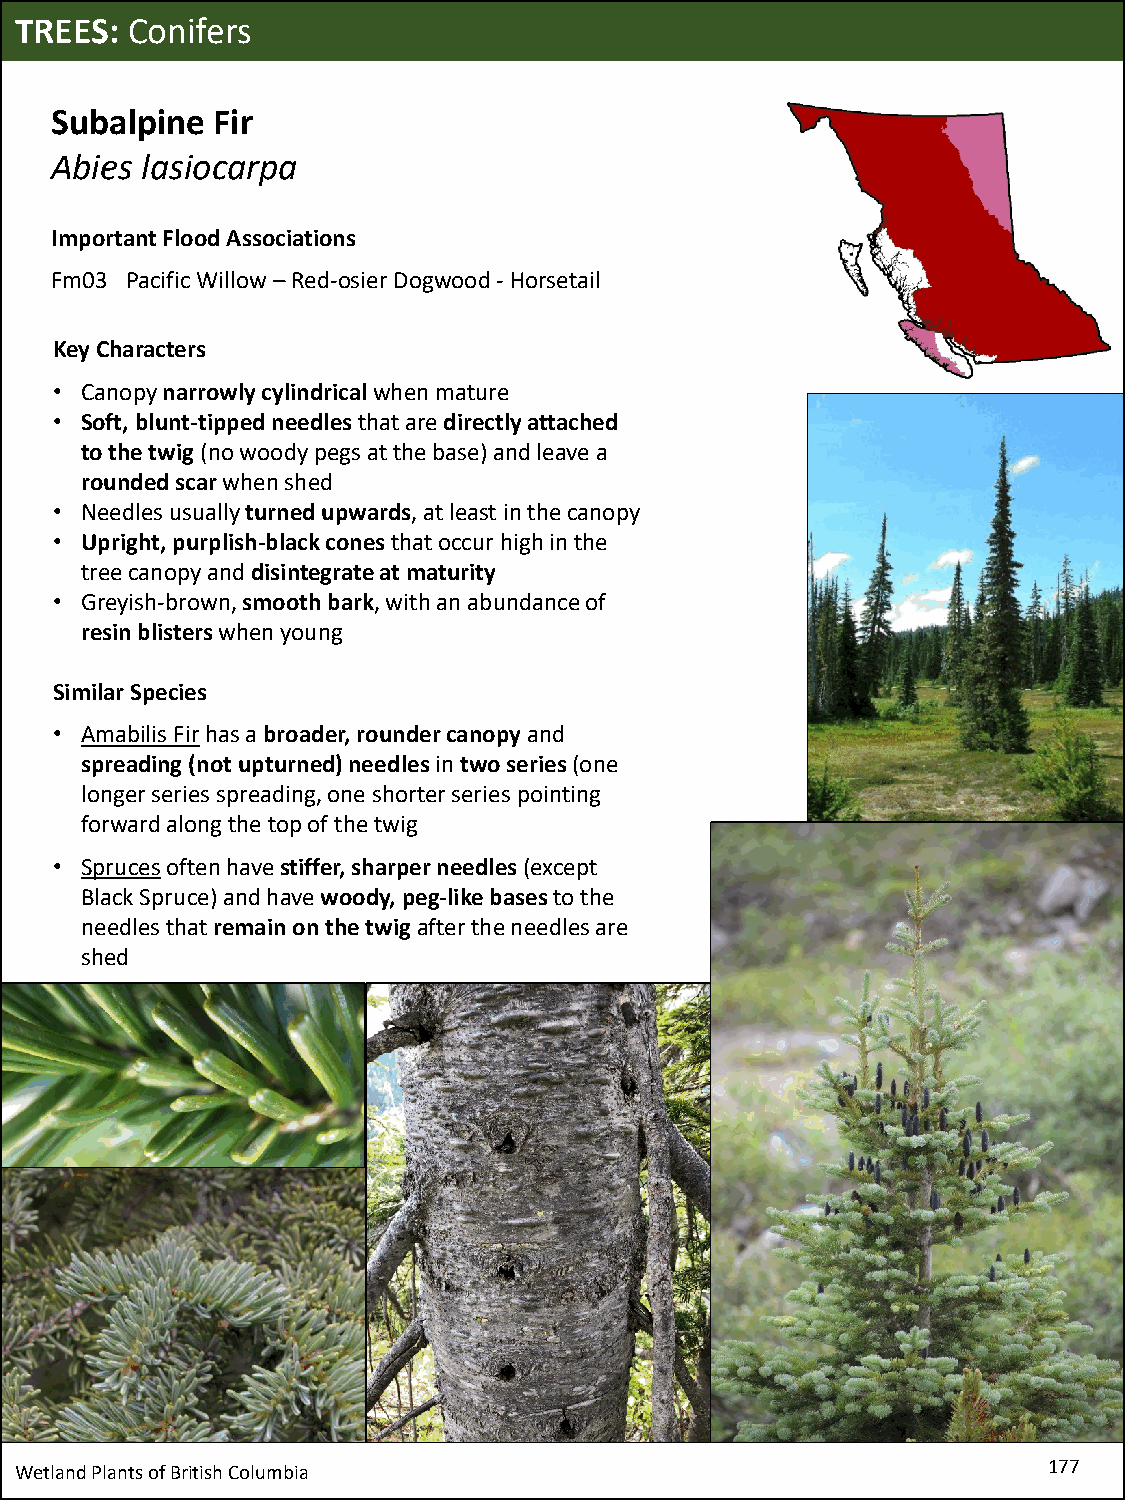
TREES: Conifers
 Subalpine  Fir
 Abies lasiocarpa
 Important Flood Associations
 Fm03 Pacific Willow –Red-osier Dogwood -Horsetail
 Key Characters
 • Canopy narrowly cylindricalwhen mature
 • Soft, blunt-tipped needlesthat are directly attached
 to the twig (no woody pegs at the base) and leave a
 rounded scarwhen shed
 • Needles usually turned upwards, at least in the canopy
 • Upright, purplish-black cones that occur high in the
 tree canopy and disintegrate at maturity
 • Greyish-brown, smooth bark, with an abundance of
 resin blisterswhen young
 Similar Species
 • Amabilis Firhas a broader, rounder canopy and
 spreading (not upturned) needles in two series (one
 longer series spreading, one shorter series pointing
 forward along the top of the twig
 • Sprucesoften have stiffer, sharper needles (except
 Black Spruce) and have woody, peg-like bases to the
 needles that remain on the twig after the needles are
 shed
 Wetland Plants of British Columbia                                  177